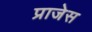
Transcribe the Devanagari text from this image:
प्राजेस